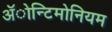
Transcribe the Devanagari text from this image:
ॲोन्टिमोनियम